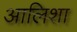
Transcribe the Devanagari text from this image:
आलिशा